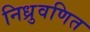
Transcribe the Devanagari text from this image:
निध्रुवणित